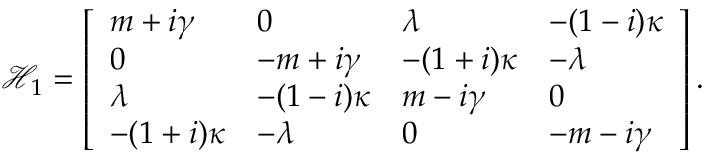
\begin{array} { r } { \mathcal { H } _ { 1 } = \left[ \begin{array} { l l l l } { m + i \gamma } & { 0 } & { \lambda } & { - ( 1 - i ) \kappa } \\ { 0 } & { - m + i \gamma } & { - ( 1 + i ) \kappa } & { - \lambda } \\ { \lambda } & { - ( 1 - i ) \kappa } & { m - i \gamma } & { 0 } \\ { - ( 1 + i ) \kappa } & { - \lambda } & { 0 } & { - m - i \gamma } \end{array} \right] . } \end{array}